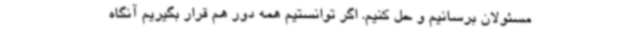
مسئولان برسانیم و حل کنیم. اگر توانستیم همه دور هم قرار بگیریم آنگاه